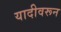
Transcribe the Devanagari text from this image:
यादीवरून